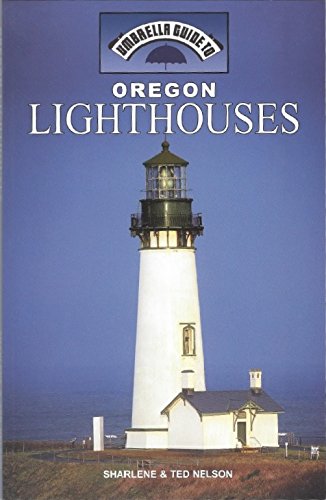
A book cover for Oregon Lighthouses (Umbrella Guides); Sharlene Nelson; Travel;